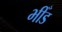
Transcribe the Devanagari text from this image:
भीँड